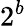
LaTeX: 2^{b}